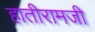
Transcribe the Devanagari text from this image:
हातीरामजी